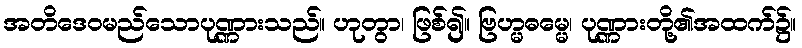
အတိဒေဝမည်သောပုဏ္ဏားသည်။ ဟုတွာ၊ ဖြစ်၍။ ဗြဟ္မဓမ္မေ၊ ပုဏ္ဏားတို့၏အထက်၌။